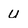
Character: u